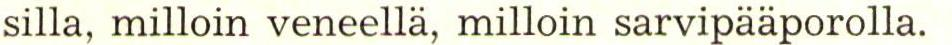
silla, milloin veneellä, milloin sarvipääporolla.